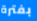
بفترة